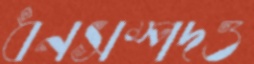
ধনসম্পদও